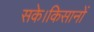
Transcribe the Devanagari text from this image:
सके।किसानों